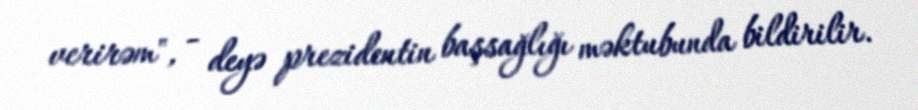
verirəm", - deyə prezidentin başsağlığı məktubunda bildirilir.